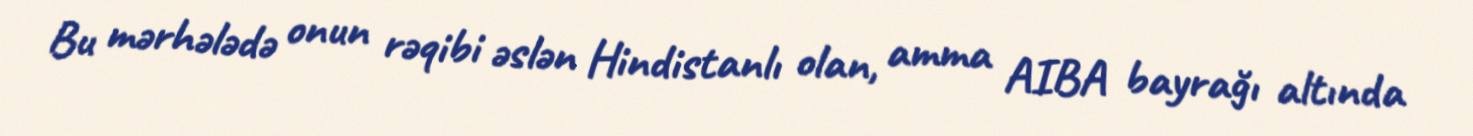
Bu mərhələdə onun rəqibi əslən Hindistanlı olan, amma AIBA bayrağı altında